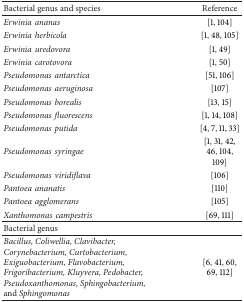
<table><thead><tr><td><b>Bacterial genus and species</b></td><td><b>Reference</b></td></tr></thead><tbody><tr><td><i>Erwiniaananas </i></td><td>[1, 104]</td></tr><tr><td><i>Erwiniaherbicola </i></td><td>[1, 48, 105]</td></tr><tr><td><i>Erwiniauredovora </i></td><td>[1, 49]</td></tr><tr><td><i>Erwiniacarotovora</i></td><td>[1, 50]</td></tr><tr><td><i>Pseudomonasantarctica </i></td><td>[51, 106]</td></tr><tr><td><i>Pseudomonasaeruginosa </i></td><td>[107]</td></tr><tr><td><i>Pseudomonasborealis </i></td><td>[13, 15]</td></tr><tr><td><i>Pseudomonasfluorescens </i></td><td>[1, 14, 108]</td></tr><tr><td><i>Pseudomonasputida </i></td><td>[4, 7, 11, 33]</td></tr><tr><td><i>Pseudomonassyringae </i></td><td>[1, 31, 42, 46, 104, 109]</td></tr><tr><td><i>Pseudomonasviridiflava </i></td><td>[106]</td></tr><tr><td><i>Pantoeaananatis </i></td><td>[110]</td></tr><tr><td><i>Pantoeaagglomerans </i></td><td>[105]</td></tr><tr><td><i>Xanthomonascampestris </i></td><td>[69, 111]</td></tr><tr><td>Bacterial genus</td><td> </td></tr><tr><td><i>Bacillus, Coliwellia,Clavibacter, Corynebacterium,Curtobacterium, Exiguobacterium, Flavobacterium, Frigoribacterium, Kluyvera,Pedobacter,Pseudoxanthomonas, Sphingobacterium,</i>and <i>Sphingomonas </i></td><td>[6, 41, 60, 69, 112] </td></tr></tbody></table>